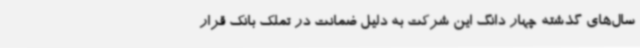
سال‌های گذشته چهار دانگ این شرکت به دلیل ضمانت در تملک بانک قرار